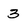
Character: 3